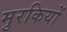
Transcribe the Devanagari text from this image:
मुरकियों